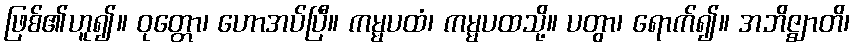
ဖြစ်၏ဟူ၍။ ဝုတ္တော၊ ဟောအပ်ပြီ။ ကမ္မပထံ၊ ကမ္မပထသို့။ ပတွာ၊ ရောက်၍။ အဘိဇ္ဈာတိ၊